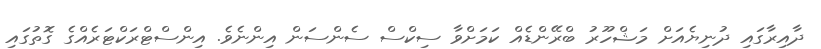
ދާއިރާގައި ދުނިޔެއަށް މަޝްހޫރު ބްރޭންޑެއް ކަމަށްވާ ސިކްސް ސެންސަން އިންނެވެ. އިންސްޓްރަކްޓަރެއްގެ ގޮތުގައި